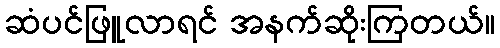
ဆံပင်ဖြူလာရင် အနက်ဆိုးကြတယ်။